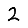
Digit: 2